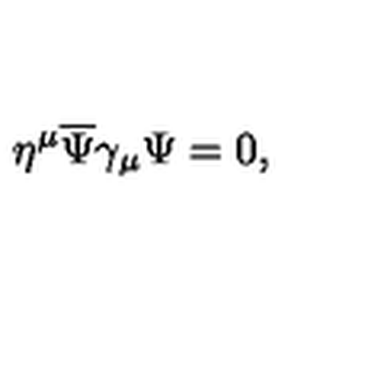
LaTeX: \eta ^ { \mu } { \overline { \Psi } } \gamma _ { \mu } \Psi = 0 ,